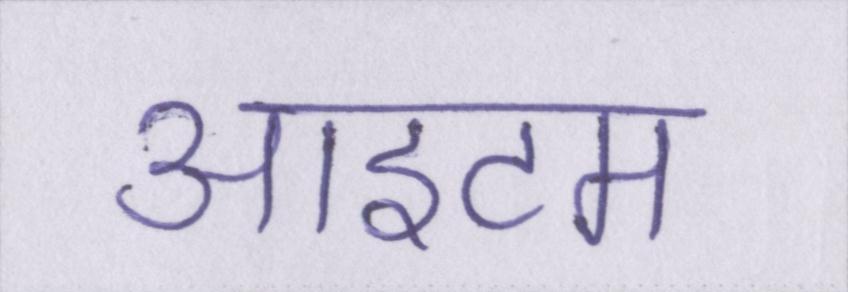
आइटम